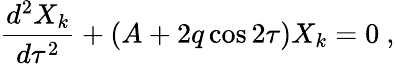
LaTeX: {\frac{d^{2}X_{k}}{d\tau^{2}}}+\left(A+2q\cos 2\tau\right)X_{k}=0\ ,